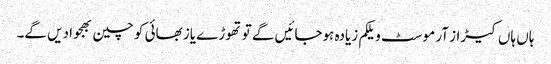
ہاں ہاں کیڑاز آر موسٹ ویلکم زیادہ ہوجائیں گے تو تھوڑے یاز بھائی کو چین بھجوا دیں گے۔